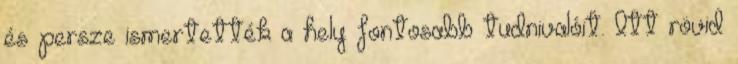
és persze ismertették a hely fontosabb tudnivalóit. Itt rövid